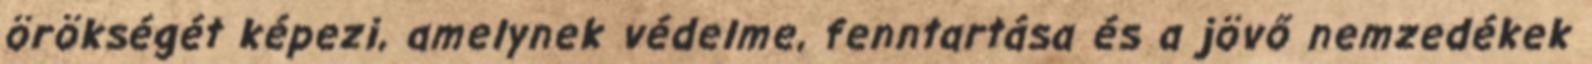
örökségét képezi, amelynek védelme, fenntartása és a jövő nemzedékek